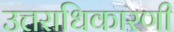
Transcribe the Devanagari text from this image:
उत्तराधिकारणी